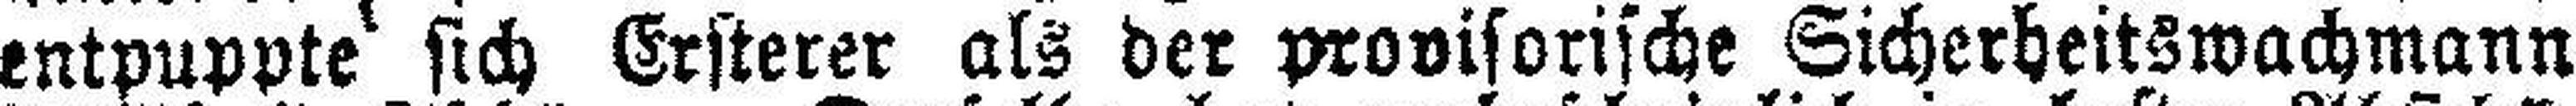
entpuppte sich Ersterer als der provisorische Sicherheitswachmann